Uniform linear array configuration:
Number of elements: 12
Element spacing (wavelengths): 0.25
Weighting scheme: kaiser
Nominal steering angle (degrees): -15
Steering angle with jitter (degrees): -16.748
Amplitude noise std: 0.05
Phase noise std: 0.05

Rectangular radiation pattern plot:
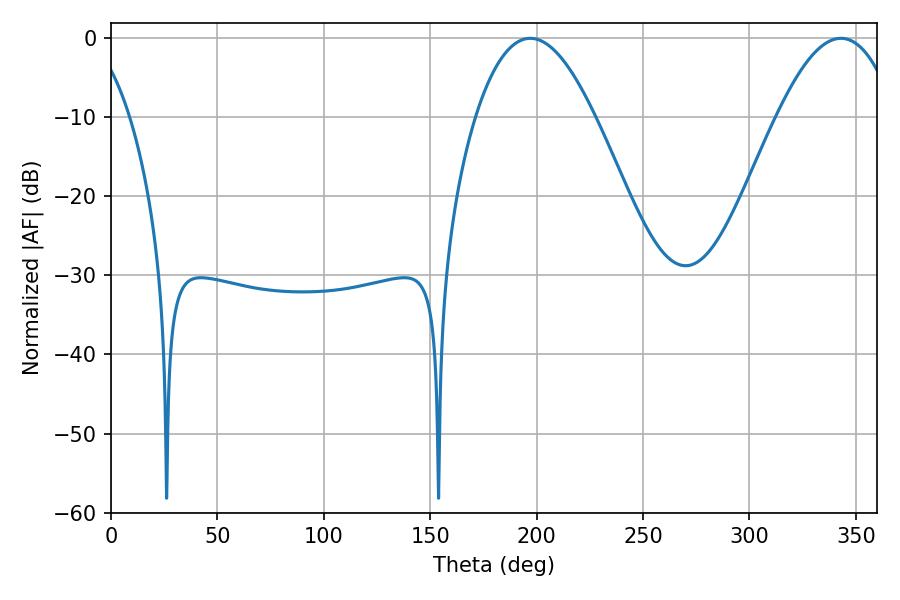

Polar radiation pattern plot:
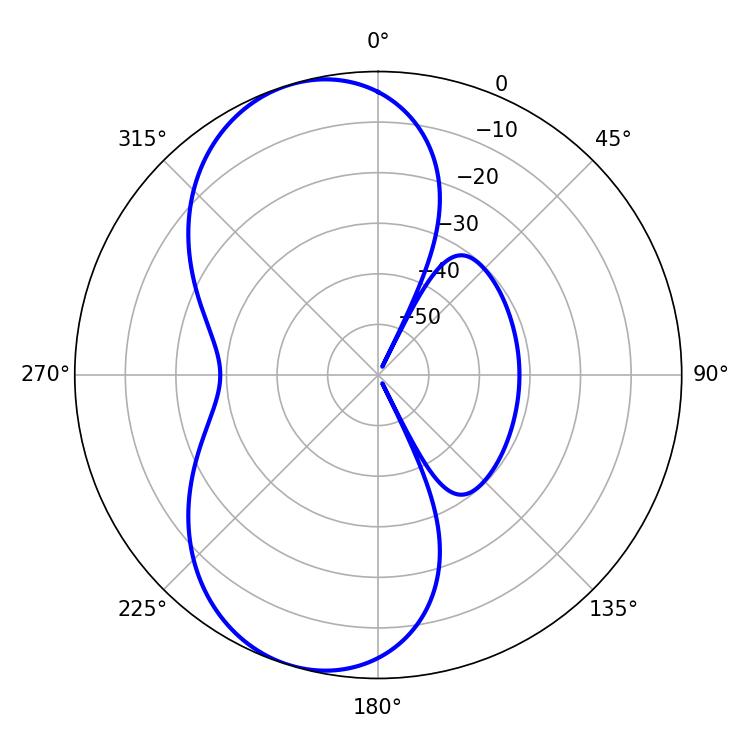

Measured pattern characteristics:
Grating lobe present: FALSE
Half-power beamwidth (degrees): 30.78
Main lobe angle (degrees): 197.1